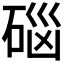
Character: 𱴊